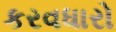
કરવધારો